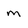
Character: m